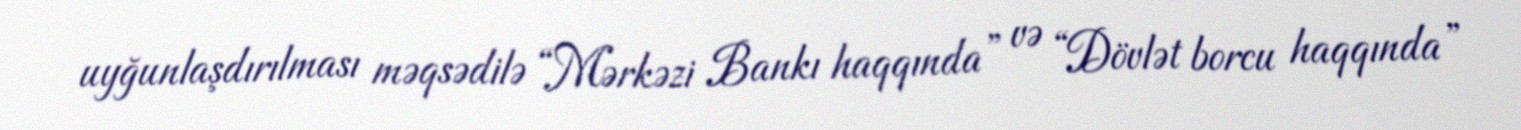
uyğunlaşdırılması məqsədilə “Mərkəzi Bankı haqqında” və “Dövlət borcu haqqında”